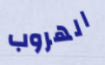
الهروب